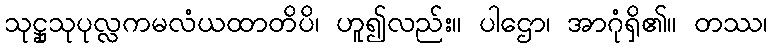
သုဋ္ဌုသုပုလ္လကမလံယထာတိပိ၊ ဟူ၍လည်း။ ပါဌော၊ အာဂုံရှိ၏။ တဿ၊